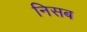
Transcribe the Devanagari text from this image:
निसब